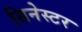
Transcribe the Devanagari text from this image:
सिनेस्टर